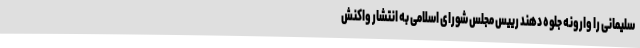
سلیمانی را وارونه جلوه دهند رییس مجلس شورای اسلامی به انتشار واکنش